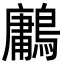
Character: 鷛